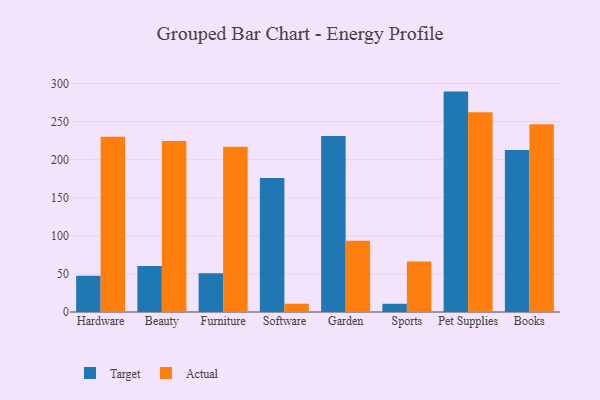
{"axis": {"x": "Category", "y": "Churn Rate (%)"}, "legend": ["Actual", "Target"], "data": [{"x": "Hardware", "y": 47.6, "type": "Target"}, {"x": "Hardware", "y": 229.9, "type": "Actual"}, {"x": "Beauty", "y": 60.4, "type": "Target"}, {"x": "Beauty", "y": 224.6, "type": "Actual"}, {"x": "Furniture", "y": 50.8, "type": "Target"}, {"x": "Furniture", "y": 216.8, "type": "Actual"}, {"x": "Software", "y": 175.9, "type": "Target"}, {"x": "Software", "y": 10.9, "type": "Actual"}, {"x": "Garden", "y": 231.0, "type": "Target"}, {"x": "Garden", "y": 93.6, "type": "Actual"}, {"x": "Sports", "y": 10.8, "type": "Target"}, {"x": "Sports", "y": 66.3, "type": "Actual"}, {"x": "Pet Supplies", "y": 289.3, "type": "Target"}, {"x": "Pet Supplies", "y": 262.3, "type": "Actual"}, {"x": "Books", "y": 212.6, "type": "Target"}, {"x": "Books", "y": 246.5, "type": "Actual"}]}